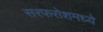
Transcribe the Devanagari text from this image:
सरफरोशमध्ये